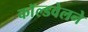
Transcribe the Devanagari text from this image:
काॅल्डवेलने